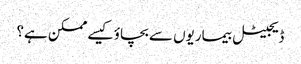
ڈیجیٹل بیماریوں سے بچاؤ کیسے ممکن ہے؟